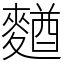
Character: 𪍑